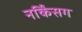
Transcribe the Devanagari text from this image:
नर्किंसग